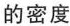
的密度